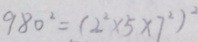
9 8 0 ^ { 2 } = ( 2 ^ { 2 } \times 5 \times 7 ^ { 2 } ) ^ { 2 }